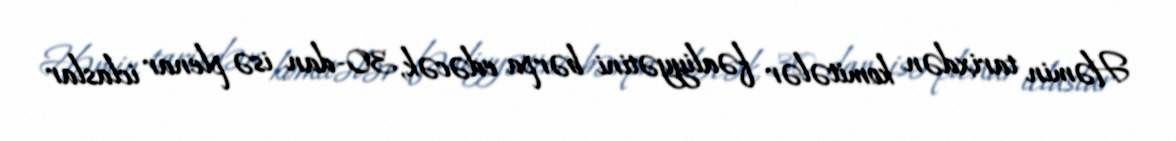
Həmin tarixdən komitələr fəaliyyətini bərpa edəcək, 30-dan isə plenar iclaslar